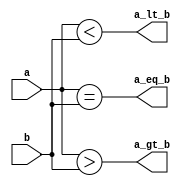
module magnitude_comparator(a_gt_b , a_lt_b , a_eq_b , a , b );
	output a_eq_b, a_gt_b, a_lt_b;
	input [3:0] a , b ;

	assign a_gt_b = (a > b );
	assign a_lt_b = (a < b );
	assign a_eq_b = (a == b );
endmodule 
module stimulus;
	reg [3:0] a , b ;
	wire a_gt_b , a_lt_b , a_eq_b ;

	magnitude_comparator MC(a_gt_b , a_lt_b, a_eq_b, a , b );
	initial 
		$monitor($time , "a = %b , b = %b , a_gt_b = %b , a_lt_b = %b , a_eq_b = %b ", a , b, a_gt_b, a_lt_b, a_eq_b );


	initial 
		begin 
			//
		end
endmodule